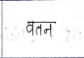
मजकूर: वतन